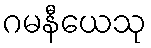
ဂမနီယေသု